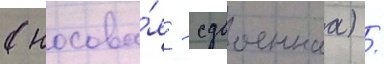
(носова́я - сдвоеннаа) /